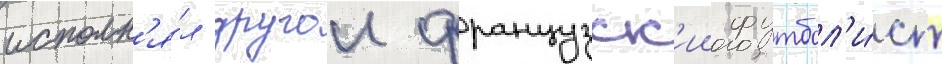
исполн'я́л другои французск'ии футбол'и́ст